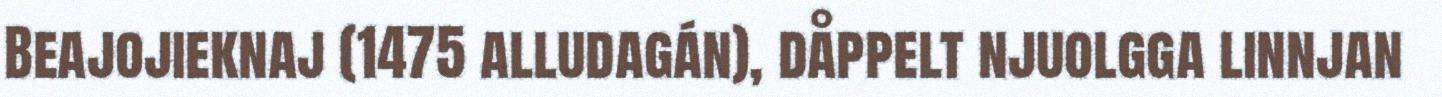
Beajojieknaj (1475 alludagán), dåppelt njuolgga linnjan